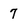
Character: 7